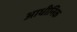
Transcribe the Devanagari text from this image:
आधीनिक